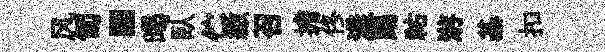
风匍·暍臥伫繳召擔佟漾踢祐㳺基扣